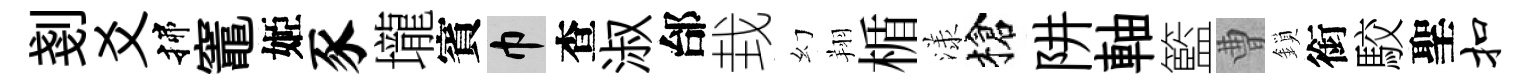
剗爻揲竈姬豕壠賓巾查淑邰㘽幻翔楯漾槍阱軸籃曹鎖銜駮聖扣